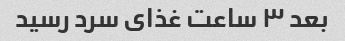
بعد ۳ ساعت غذای سرد رسید